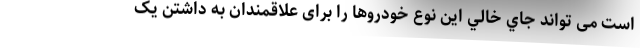
است می تواند جاي خالي این نوع خودروها را برای علاقمندان به داشتن یک